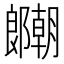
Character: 𫑱